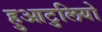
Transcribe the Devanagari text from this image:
हुआटुलियो